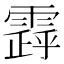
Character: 𩄗